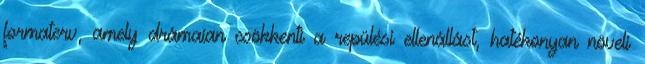
formaterv, amely drámaian csökkenti a repülési ellenállást, hatékonyan növeli